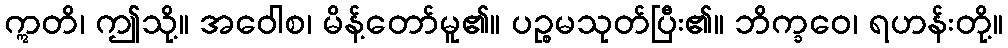
ဣတိ၊ ဤသို့။ အဝေါစ၊ မိန့်တော်မူ၏။ ပဉ္စမသုတ်ပြီး၏။ ဘိက္ခဝေ၊ ရဟန်းတို့။